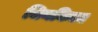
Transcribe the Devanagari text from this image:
चिनकिल्च